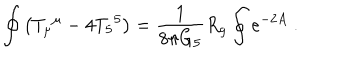
\oint \left( T _ { \mu } { } ^ { \mu } - 4 T _ { 5 } { } ^ { 5 } \right) = { \frac { 1 } { 8 \pi G _ { 5 } } } R _ { g } \oint e ^ { - 2 A } ~ .